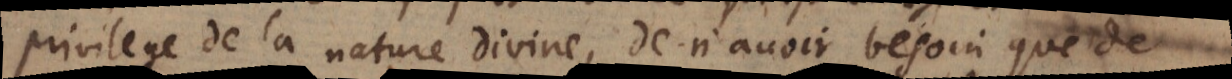
privilege de la nature divine, de n’avoir besoin que de